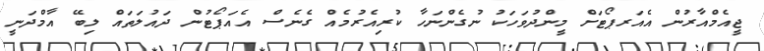
ޖީއެމްއާރުން އެއަރޕޯޓަށް މީންދުވަހަކު ނުގެންނަހާ ކުރިއެރުމެއް ގެނެސް އެއަޕޯޓުން ދައުލަތައް ލިބޭ އާމްދަނީ